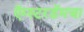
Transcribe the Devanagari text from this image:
ऍम्स्टरडॅमचा